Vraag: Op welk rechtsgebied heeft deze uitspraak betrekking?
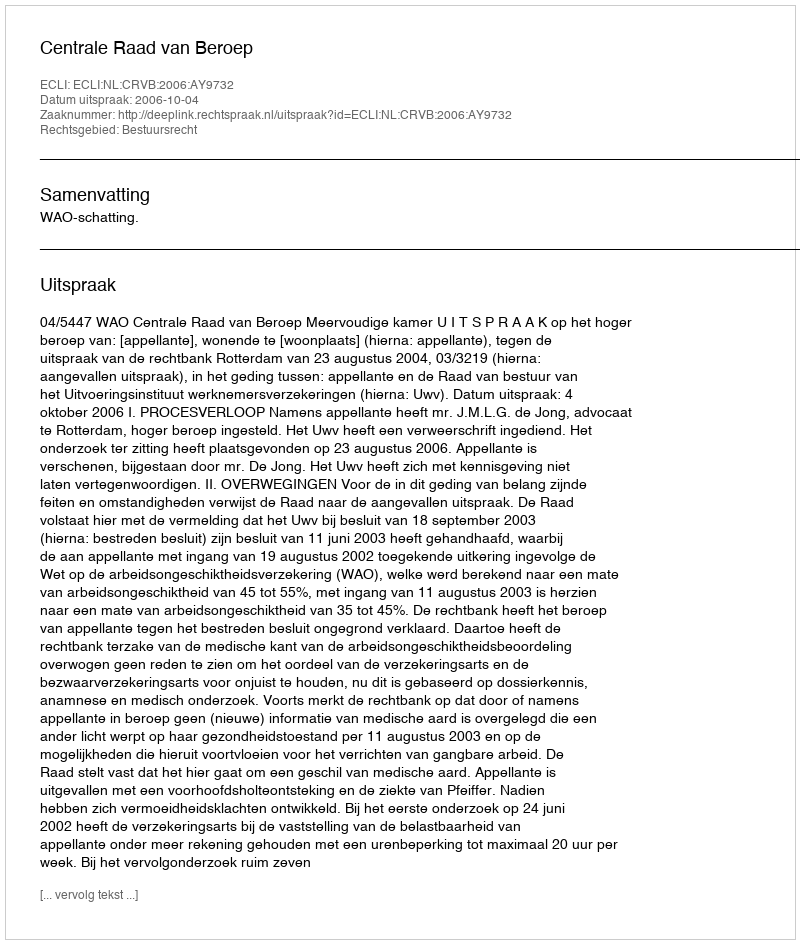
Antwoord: Bestuursrecht